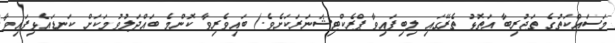
މަސައްކަތުގެ ތަޖުރިބާ އަތޮޅު ތެރޭގައި ލިބިފައިވާ ޕްރެކްޓިޝަނަރަކަށެވެ.) ބައިވެރިވާ ކޮންމެ ބައްދަލުވުމަކަށް ކަނޑައެޅިފައިވާ